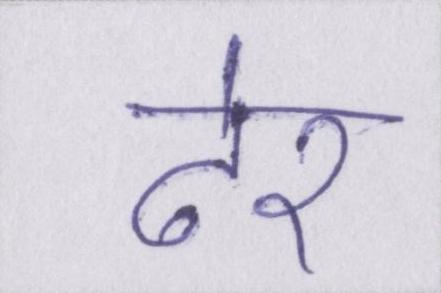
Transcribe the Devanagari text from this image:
ढेर